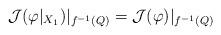
LaTeX: \begin{align*}\mathcal J(\varphi|_{X_1})|_{f^{-1}(Q)}=\mathcal J(\varphi)|_{f^{-1}(Q)}\end{align*}